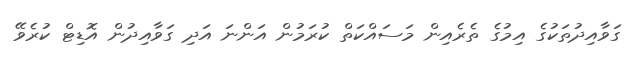
ގަވާއިދުތަކުގެ އިމުގެ ތެރެއިން މަސައްކަތް ކުރަމުން އަންނަ އަދި ގަވާއިދުން އޮޑިޓް ކުރެވޭ